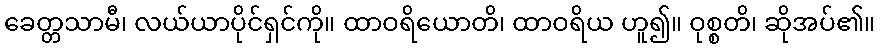
ခေတ္တသာမီ၊ လယ်ယာပိုင်ရှင်ကို။ ထာဝရိယောတိ၊ ထာဝရိယ ဟူ၍။ ဝုစ္စတိ၊ ဆိုအပ်၏။